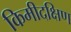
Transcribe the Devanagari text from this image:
किमीदक्षिण